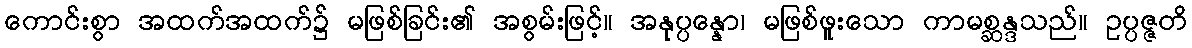
ကောင်းစွာ အထက်အထက်၌ မဖြစ်ခြင်း၏ အစွမ်းဖြင့်။ အနုပ္ပန္နော၊ မဖြစ်ဖူးသော ကာမစ္ဆန္ဒသည်။ ဥပ္ပဇ္ဇတိ